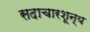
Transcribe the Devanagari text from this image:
सदाचारशून्य